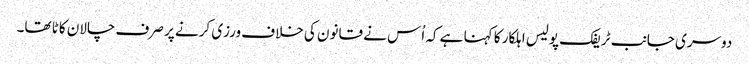
دوسری جانب ٹریفک پولیس اہلکار کا کہنا ہے کہ اُس نے قانون کی خلاف ورزی کرنے پر صرف چالان کاٹا تھا۔